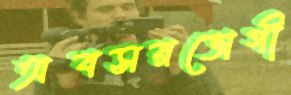
অবসরভোগী